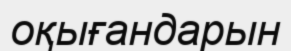
оқығандарын